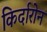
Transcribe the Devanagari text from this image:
किर्दारोन